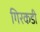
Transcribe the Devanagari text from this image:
गिरकडी